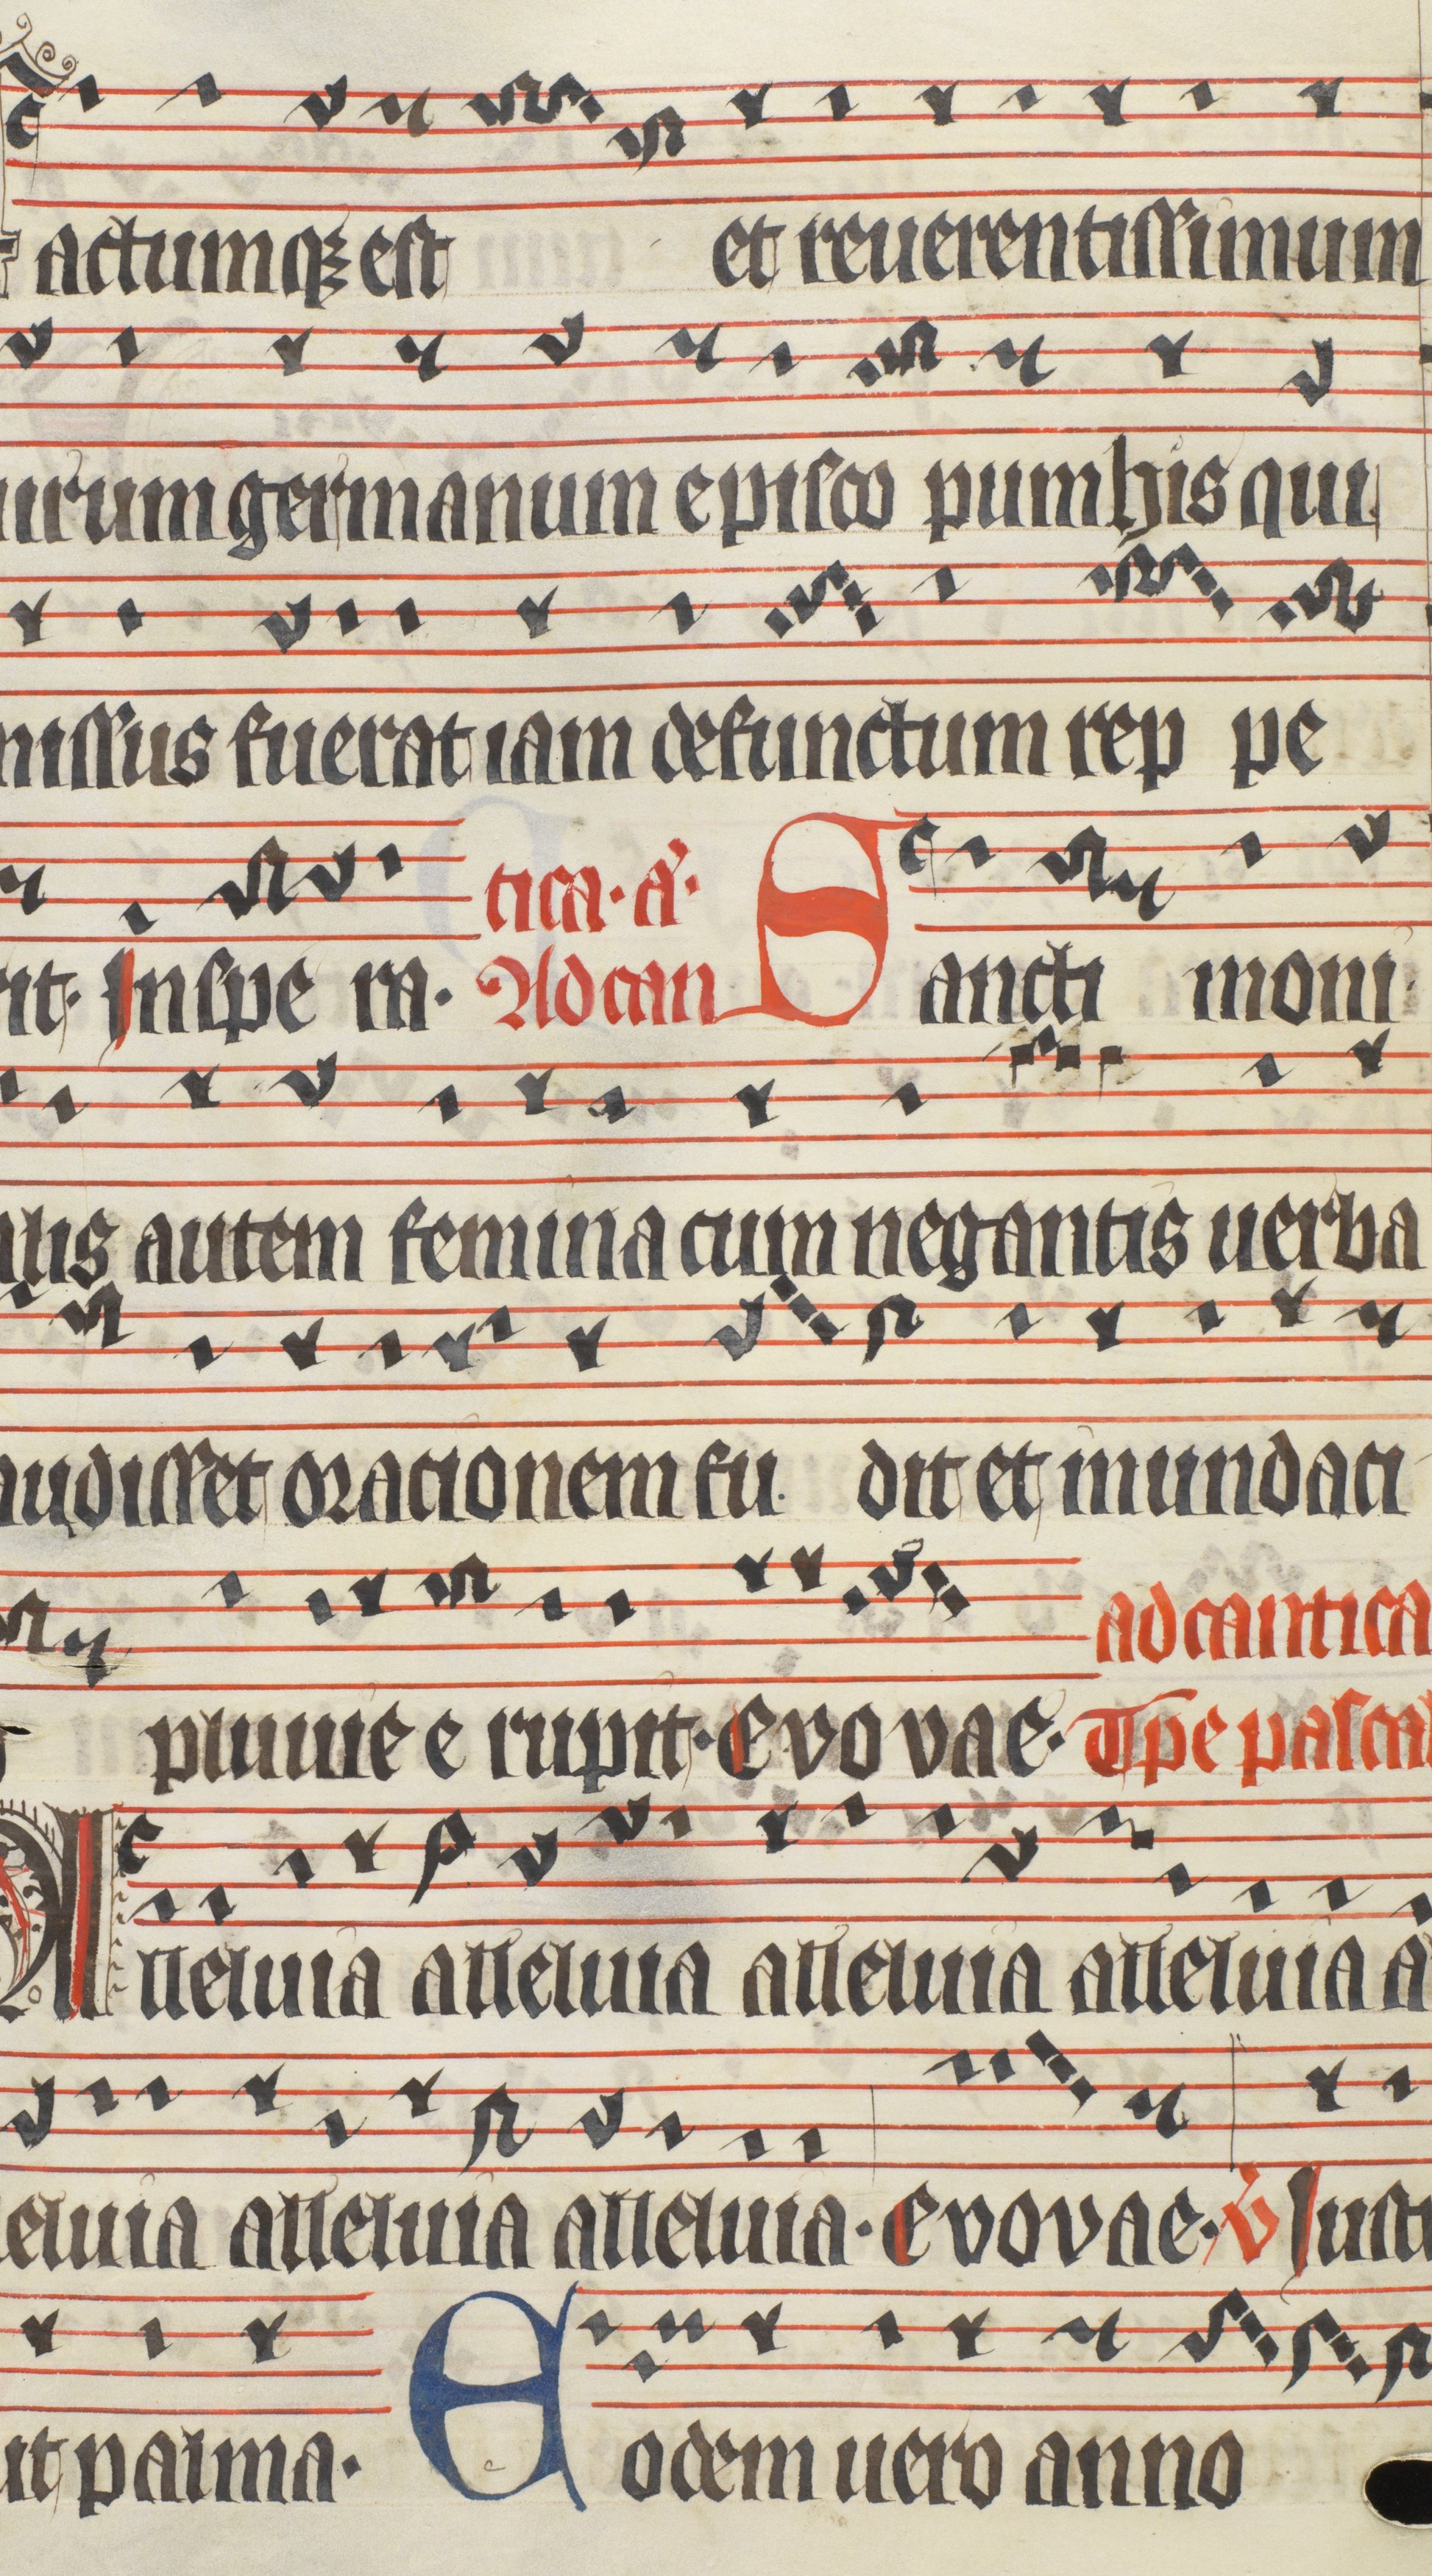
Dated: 1400–1499